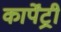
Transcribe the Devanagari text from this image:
कार्पेंट्री